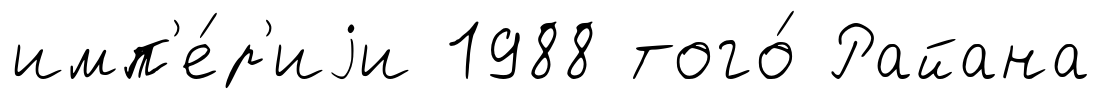
имп'е́р'иjи 1988 того́ Райана